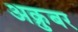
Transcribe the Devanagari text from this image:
अक्रुबर